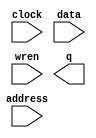
// megafunction wizard: %RAM: 1-PORT%VBB%
// GENERATION: STANDARD
// VERSION: WM1.0
// MODULE: altsyncram 

// ============================================================
// Megafunction Name(s):
// 			altsyncram
//
// Simulation Library Files(s):
// 			altera_mf
// ============================================================
// ************************************************************
// THIS IS A WIZARD-GENERATED FILE. DO NOT EDIT THIS FILE!
//
// 13.0.1 Build 232 06/12/2013 SP 1 SJ Web Edition
// ************************************************************

//Copyright (C) 1991-2013 Altera Corporation
//Your use of Altera Corporation's design tools, logic functions 
//and other software and tools, and its AMPP partner logic 
//functions, and any output files from any of the foregoing 
//(including device programming or simulation files), and any 
//associated documentation or information are expressly subject 
//to the terms and conditions of the Altera Program License 
//Subscription Agreement, Altera MegaCore Function License 
//Agreement, or other applicable license agreement, including, 
//without limitation, that your use is for the sole purpose of 
//programming logic devices manufactured by Altera and sold by 
//Altera or its authorized distributors.  Please refer to the 
//applicable agreement for further details.

module Ram (
	address,
	clock,
	data,
	wren,
	q);

	input	[4:0]  address;
	input	  clock;
	input	[7:0]  data;
	input	  wren;
	output	[7:0]  q;
`ifndef ALTERA_RESERVED_QIS
// synopsys translate_off
`endif
	tri1	  clock;
`ifndef ALTERA_RESERVED_QIS
// synopsys translate_on
`endif

endmodule

// ============================================================
// CNX file retrieval info
// ============================================================
// Retrieval info: PRIVATE: ADDRESSSTALL_A NUMERIC "0"
// Retrieval info: PRIVATE: AclrAddr NUMERIC "0"
// Retrieval info: PRIVATE: AclrByte NUMERIC "0"
// Retrieval info: PRIVATE: AclrData NUMERIC "0"
// Retrieval info: PRIVATE: AclrOutput NUMERIC "0"
// Retrieval info: PRIVATE: BYTE_ENABLE NUMERIC "0"
// Retrieval info: PRIVATE: BYTE_SIZE NUMERIC "8"
// Retrieval info: PRIVATE: BlankMemory NUMERIC "0"
// Retrieval info: PRIVATE: CLOCK_ENABLE_INPUT_A NUMERIC "0"
// Retrieval info: PRIVATE: CLOCK_ENABLE_OUTPUT_A NUMERIC "0"
// Retrieval info: PRIVATE: Clken NUMERIC "0"
// Retrieval info: PRIVATE: DataBusSeparated NUMERIC "1"
// Retrieval info: PRIVATE: IMPLEMENT_IN_LES NUMERIC "0"
// Retrieval info: PRIVATE: INIT_FILE_LAYOUT STRING "PORT_A"
// Retrieval info: PRIVATE: INIT_TO_SIM_X NUMERIC "0"
// Retrieval info: PRIVATE: INTENDED_DEVICE_FAMILY STRING "Cyclone II"
// Retrieval info: PRIVATE: JTAG_ENABLED NUMERIC "0"
// Retrieval info: PRIVATE: JTAG_ID STRING "NONE"
// Retrieval info: PRIVATE: MAXIMUM_DEPTH NUMERIC "0"
// Retrieval info: PRIVATE: MIFfilename STRING "parte1.mif"
// Retrieval info: PRIVATE: NUMWORDS_A NUMERIC "32"
// Retrieval info: PRIVATE: RAM_BLOCK_TYPE NUMERIC "2"
// Retrieval info: PRIVATE: READ_DURING_WRITE_MODE_PORT_A NUMERIC "3"
// Retrieval info: PRIVATE: RegAddr NUMERIC "1"
// Retrieval info: PRIVATE: RegData NUMERIC "1"
// Retrieval info: PRIVATE: RegOutput NUMERIC "0"
// Retrieval info: PRIVATE: SYNTH_WRAPPER_GEN_POSTFIX STRING "0"
// Retrieval info: PRIVATE: SingleClock NUMERIC "1"
// Retrieval info: PRIVATE: UseDQRAM NUMERIC "1"
// Retrieval info: PRIVATE: WRCONTROL_ACLR_A NUMERIC "0"
// Retrieval info: PRIVATE: WidthAddr NUMERIC "5"
// Retrieval info: PRIVATE: WidthData NUMERIC "8"
// Retrieval info: PRIVATE: rden NUMERIC "0"
// Retrieval info: LIBRARY: altera_mf altera_mf.altera_mf_components.all
// Retrieval info: CONSTANT: CLOCK_ENABLE_INPUT_A STRING "BYPASS"
// Retrieval info: CONSTANT: CLOCK_ENABLE_OUTPUT_A STRING "BYPASS"
// Retrieval info: CONSTANT: INIT_FILE STRING "parte1.mif"
// Retrieval info: CONSTANT: INTENDED_DEVICE_FAMILY STRING "Cyclone II"
// Retrieval info: CONSTANT: LPM_HINT STRING "ENABLE_RUNTIME_MOD=NO"
// Retrieval info: CONSTANT: LPM_TYPE STRING "altsyncram"
// Retrieval info: CONSTANT: NUMWORDS_A NUMERIC "32"
// Retrieval info: CONSTANT: OPERATION_MODE STRING "SINGLE_PORT"
// Retrieval info: CONSTANT: OUTDATA_ACLR_A STRING "NONE"
// Retrieval info: CONSTANT: OUTDATA_REG_A STRING "UNREGISTERED"
// Retrieval info: CONSTANT: POWER_UP_UNINITIALIZED STRING "FALSE"
// Retrieval info: CONSTANT: RAM_BLOCK_TYPE STRING "M4K"
// Retrieval info: CONSTANT: WIDTHAD_A NUMERIC "5"
// Retrieval info: CONSTANT: WIDTH_A NUMERIC "8"
// Retrieval info: CONSTANT: WIDTH_BYTEENA_A NUMERIC "1"
// Retrieval info: USED_PORT: address 0 0 5 0 INPUT NODEFVAL "address[4..0]"
// Retrieval info: USED_PORT: clock 0 0 0 0 INPUT VCC "clock"
// Retrieval info: USED_PORT: data 0 0 8 0 INPUT NODEFVAL "data[7..0]"
// Retrieval info: USED_PORT: q 0 0 8 0 OUTPUT NODEFVAL "q[7..0]"
// Retrieval info: USED_PORT: wren 0 0 0 0 INPUT NODEFVAL "wren"
// Retrieval info: CONNECT: @address_a 0 0 5 0 address 0 0 5 0
// Retrieval info: CONNECT: @clock0 0 0 0 0 clock 0 0 0 0
// Retrieval info: CONNECT: @data_a 0 0 8 0 data 0 0 8 0
// Retrieval info: CONNECT: @wren_a 0 0 0 0 wren 0 0 0 0
// Retrieval info: CONNECT: q 0 0 8 0 @q_a 0 0 8 0
// Retrieval info: GEN_FILE: TYPE_NORMAL Ram.v TRUE
// Retrieval info: GEN_FILE: TYPE_NORMAL Ram.inc FALSE
// Retrieval info: GEN_FILE: TYPE_NORMAL Ram.cmp FALSE
// Retrieval info: GEN_FILE: TYPE_NORMAL Ram.bsf TRUE
// Retrieval info: GEN_FILE: TYPE_NORMAL Ram_inst.v FALSE
// Retrieval info: GEN_FILE: TYPE_NORMAL Ram_bb.v TRUE
// Retrieval info: LIB_FILE: altera_mf